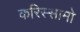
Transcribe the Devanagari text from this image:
करिस्सामो